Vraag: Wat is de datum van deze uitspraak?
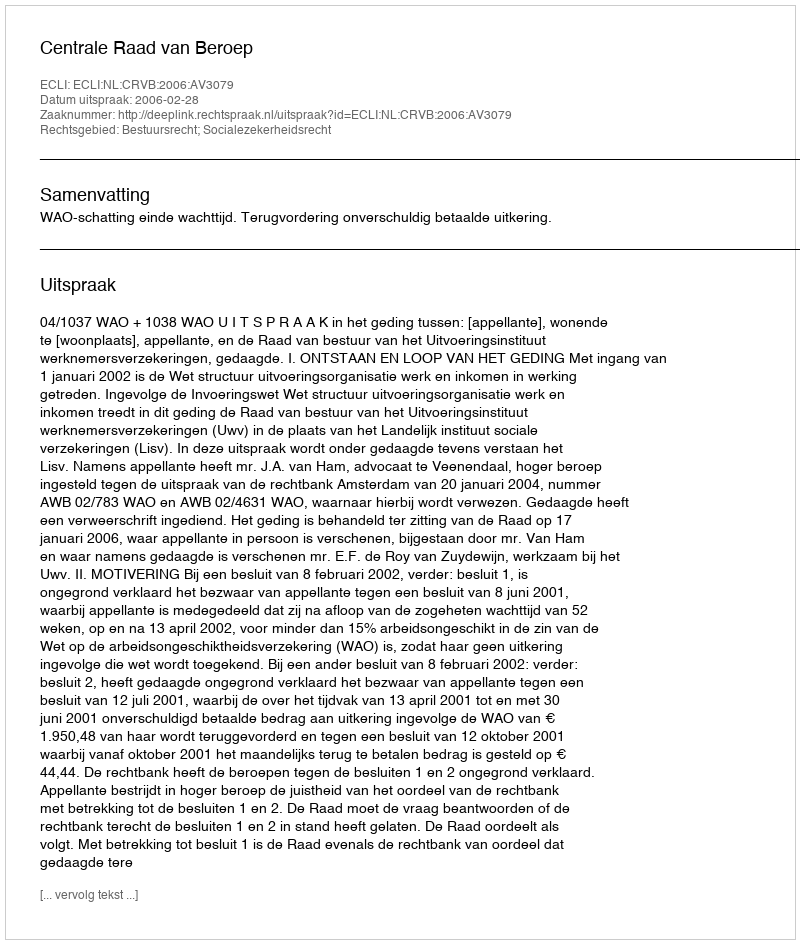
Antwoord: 2006-02-28